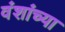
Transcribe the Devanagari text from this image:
वंशांच्या